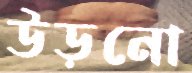
উড়নো